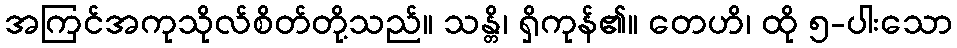
အကြင်အကုသိုလ်စိတ်တို့သည်။ သန္တိ၊ ရှိကုန်၏။ တေဟိ၊ ထို ၅-ပါးသော